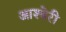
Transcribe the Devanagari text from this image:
आश्बेरी